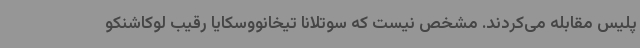
پلیس مقابله می‌کردند. مشخص نیست که سوتلانا تیخانووسکایا رقیب لوکاشنکو